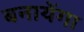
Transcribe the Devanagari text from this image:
बनायेंगा